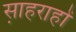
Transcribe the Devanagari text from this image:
स़ाहराहों